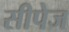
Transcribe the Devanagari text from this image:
सीपेज